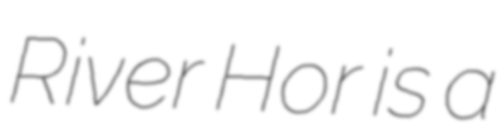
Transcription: River Hor is a